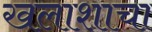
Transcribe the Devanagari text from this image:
खलाशाचा